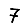
Digit: 7